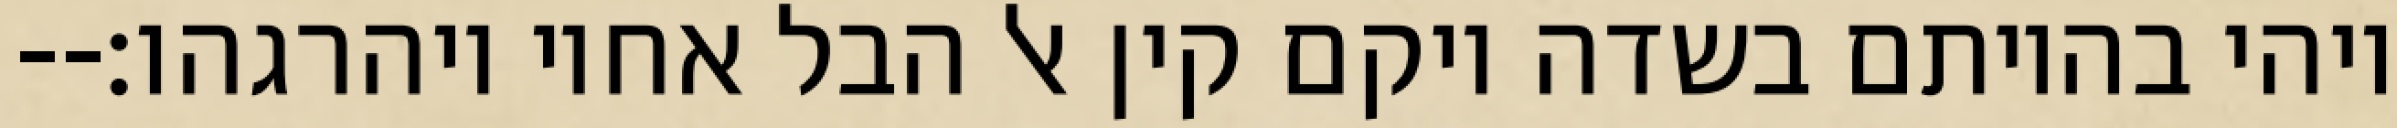
ויהי בהיותם בשדה ויקם קין אל הבל אחיו ויהרגהו׃--